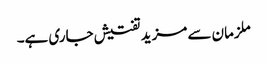
ملزمان سے مزید تفتیش جاری ہے۔